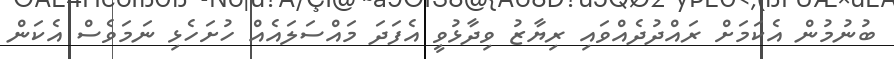
ބުނުމުން އެކަމަށް ރައްދުދެއްވައި ރިޔާޒު ވިދާޅުވީ އެފަދަ މައްސަލައެއް ހުށަހެޅި ނަމަވެސް އެކަން